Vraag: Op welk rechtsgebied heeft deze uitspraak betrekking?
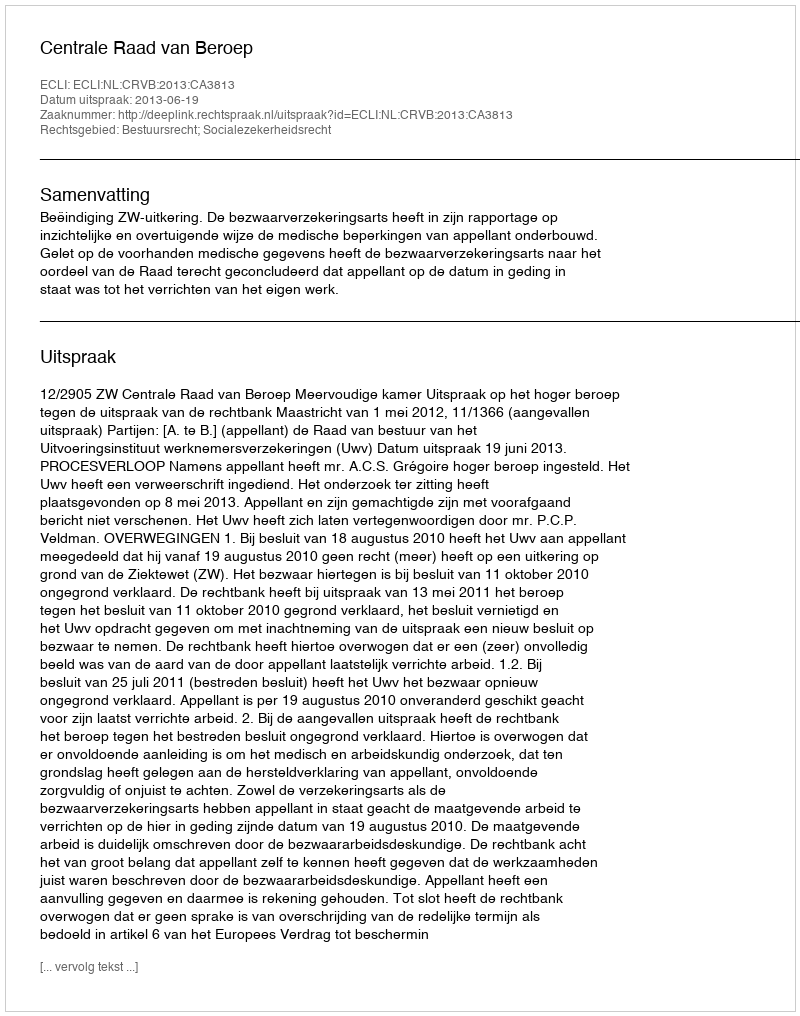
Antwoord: Bestuursrecht; Socialezekerheidsrecht